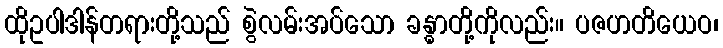
ထိုဥပါဒါန်တရားတို့သည် စွဲလမ်းအပ်သော ခန္ဓာတို့ကိုလည်း။ ပဇဟတိယေဝ၊